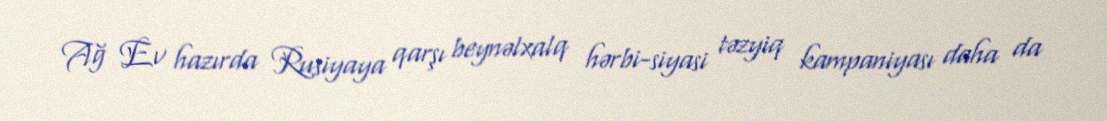
Ağ Ev hazırda Rusiyaya qarşı beynəlxalq hərbi-siyasi təzyiq kampaniyası daha da